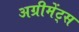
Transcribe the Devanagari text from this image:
अग्रीमेंट्स